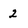
Character: 2